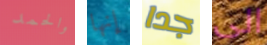
والحمد إنها جدا الى